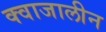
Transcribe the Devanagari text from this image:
क्वाजालीन